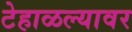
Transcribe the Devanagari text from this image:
टेहाळल्यावर